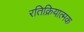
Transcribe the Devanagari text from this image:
रतिक्रियात्मक